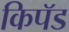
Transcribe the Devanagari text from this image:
किपॅड